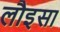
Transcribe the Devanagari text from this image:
लौइसा